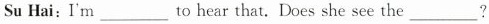
Su Hai:Im___ to hear that. Does she see the___?